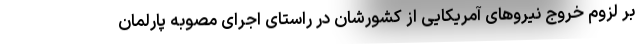
بر لزوم خروج نیروهای آمریکایی از کشورشان در راستای اجرای مصوبه پارلمان